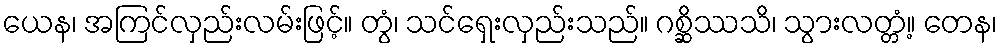
ယေန၊ အကြင်လှည်းလမ်းဖြင့်။ တွံ၊ သင်ရှေးလှည်းသည်။ ဂစ္ဆိဿသိ၊ သွားလတ္တံ့။ တေန၊